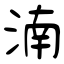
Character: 湳